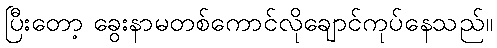
ပြီးတော့ ခွေးနာမတစ်ကောင်လိုချောင်ကုပ်နေသည်။